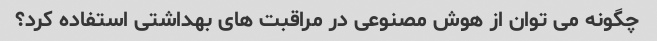
چگونه می توان از هوش مصنوعی در مراقبت های بهداشتی استفاده کرد؟